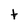
Character: t